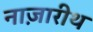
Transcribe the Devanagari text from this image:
नाज़ारीथ